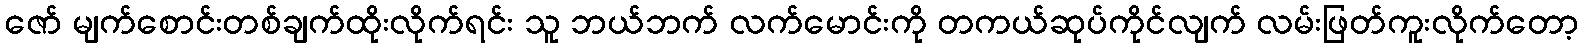
ဇော် မျက်စောင်းတစ်ချက်ထိုးလိုက်ရင်း သူ ဘယ်ဘက် လက်မောင်းကို တကယ်ဆုပ်ကိုင်လျက် လမ်းဖြတ်ကူးလိုက်တော့